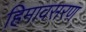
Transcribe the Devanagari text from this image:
हिमावसरण